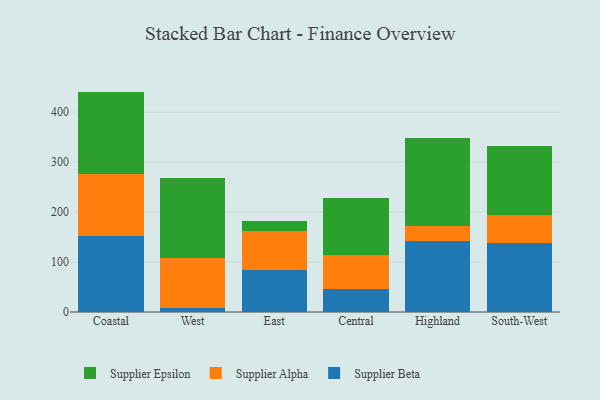
{"axis": {"x": "Region", "y": "Satisfaction Score"}, "legend": ["Supplier Alpha", "Supplier Beta", "Supplier Epsilon"], "data": [{"x": "Coastal", "y": 151.3, "type": "Supplier Beta"}, {"x": "Coastal", "y": 125.6, "type": "Supplier Alpha"}, {"x": "Coastal", "y": 164.3, "type": "Supplier Epsilon"}, {"x": "West", "y": 8.3, "type": "Supplier Beta"}, {"x": "West", "y": 98.9, "type": "Supplier Alpha"}, {"x": "West", "y": 160.4, "type": "Supplier Epsilon"}, {"x": "East", "y": 85.0, "type": "Supplier Beta"}, {"x": "East", "y": 77.5, "type": "Supplier Alpha"}, {"x": "East", "y": 20.2, "type": "Supplier Epsilon"}, {"x": "Central", "y": 46.6, "type": "Supplier Beta"}, {"x": "Central", "y": 67.7, "type": "Supplier Alpha"}, {"x": "Central", "y": 113.7, "type": "Supplier Epsilon"}, {"x": "Highland", "y": 142.8, "type": "Supplier Beta"}, {"x": "Highland", "y": 30.1, "type": "Supplier Alpha"}, {"x": "Highland", "y": 175.4, "type": "Supplier Epsilon"}, {"x": "South-West", "y": 138.2, "type": "Supplier Beta"}, {"x": "South-West", "y": 55.4, "type": "Supplier Alpha"}, {"x": "South-West", "y": 137.9, "type": "Supplier Epsilon"}]}